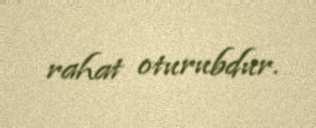
rahat oturubdur.